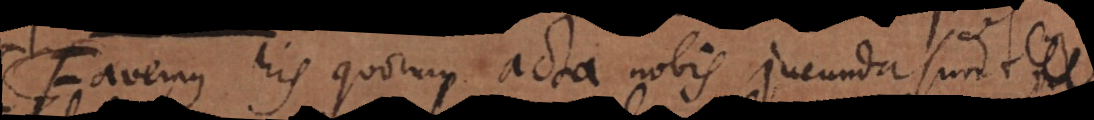
Favemus his quorum acta nobis jucunda sunt;